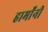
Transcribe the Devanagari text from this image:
हार्मॉनी